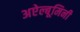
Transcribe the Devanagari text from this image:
अऐल्बूमिनी